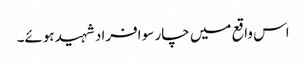
اس واقع میں چار سو افراد شہید ہوئے۔